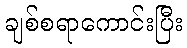
ချစ်စရာကောင်းပြီး